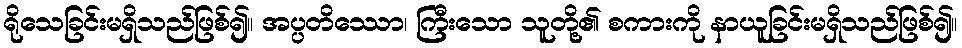
ရိုသေခြင်းမရှိသည်ဖြစ်၍။ အပ္ပတိဿော၊ ကြီးသော သူတို့၏ စကားကို နာယူခြင်းမရှိသည်ဖြစ်၍။